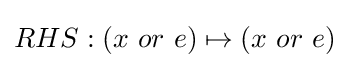
RHS:(x\ or\ e)\mapsto (x\ or\ e)